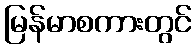
မြန်မာစကားတွင်